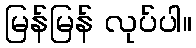
မြန်မြန် လုပ်ပါ။